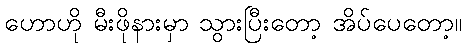
ဟောဟို မီးဖိုနားမှာ သွားပြီးတော့ အိပ်ပေတော့။